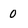
Character: 0